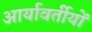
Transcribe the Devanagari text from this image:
आर्यावर्तीयों